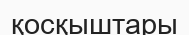
қосқыштары